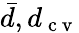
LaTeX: \bar{d},d_{\mathrm{~c~v~}}